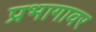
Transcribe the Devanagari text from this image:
प्रभागावर